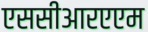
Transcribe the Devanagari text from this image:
एससीआरएएम